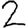
Digit: 2